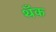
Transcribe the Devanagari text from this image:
थँक